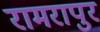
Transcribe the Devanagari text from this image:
रामरापुर